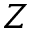
Z